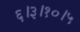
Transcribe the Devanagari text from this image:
६।३।१०।५